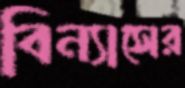
বিন্যাসের